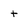
Character: t